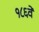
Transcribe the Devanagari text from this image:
१८६वें